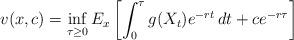
LaTeX: \begin{align*}v(x,c)=\inf_{\tau \geq 0}E_{x}\left[\int_0^{\tau}g(X_t)e^{-rt}\,dt + ce^{-r\tau}\right]\end{align*}